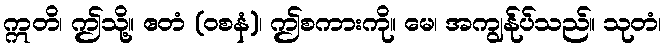
ဣတိ၊ ဤသို့။ ဧတံ (ဝစနံ)၊ ဤစကားကို။ မေ၊ အကျွန်ုပ်သည်။ သုတံ၊